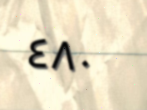
٤٨٠